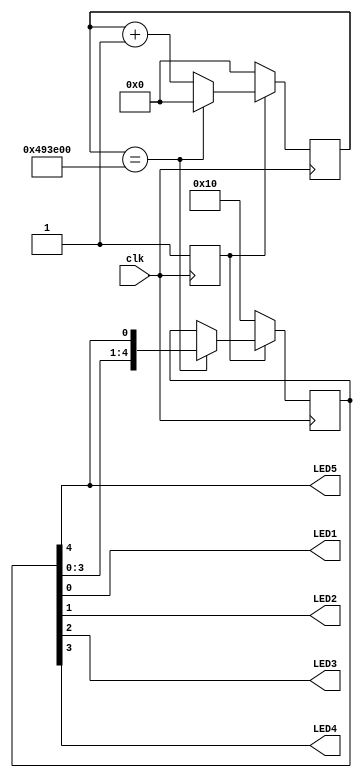
module rotate(input clk, output LED1, output LED2, output LED3, output LED4, output LED5);

  reg ready = 0;
  reg [23:0] divider;
  reg [4:0] rot;

  always @(posedge clk) begin
    if (ready) begin
      if (divider == 4800000) begin
        divider <= 0;
        rot <= {rot[3], rot[2], rot[1], rot[0], rot[4]};
      end
      else begin
        divider <= divider + 1;
      end
    end
    else begin
      ready <= 1;
      rot <= 5'b10000;
      divider <= 0;
    end
  end

  assign LED1 = rot[0];
  assign LED2 = rot[1];
  assign LED3 = rot[2];
  assign LED4 = rot[3];
  assign LED5 = rot[4];
endmodule